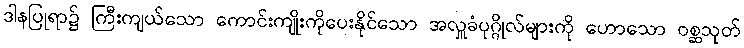
ဒါနပြုရာ၌ ကြီးကျယ်သော ကောင်းကျိုးကိုပေးနိုင်သော အလှူခံပုဂ္ဂိုလ်များကို ဟောသော ဝစ္ဆသုတ်